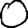
Digit: 0